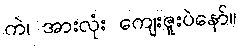
ကဲ၊ အားလုံး ကျေးဇူးပဲနော်။